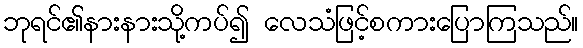
ဘုရင်၏နားနားသို့ကပ်၍ လေသံဖြင့်စကားပြောကြသည်။